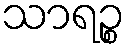
သာရဉ္စ